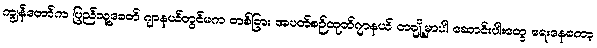
ကျွန်တော်က ပြည်သူ့ခေတ် ဂျာနယ်တွင်မက တစ်ခြား အပတ်စဉ်ထုတ်ဂျာနယ် တချို့မှာပါ ဆောင်းပါးတွေ ရေးနေတော့